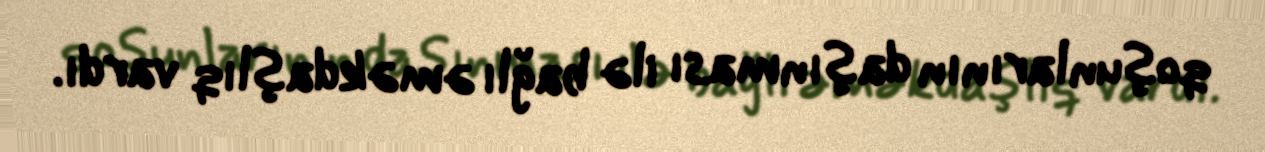
qoşunlarının daşınması ilə bağlı əməkdaşlıq vardı.